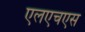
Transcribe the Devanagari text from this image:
एलएचएस